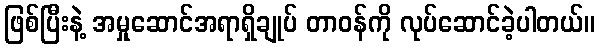
ဖြစ်ပြီးနဲ့ အမှုဆောင်အရာရှိချုပ် တာဝန်ကို လုပ်ဆောင်ခဲ့ပါတယ်။